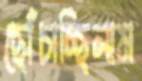
ছোঁচাচ্ছিলাম